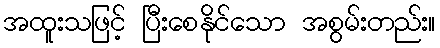
အထူးသဖြင့် ပြီးစေနိုင်သော အစွမ်းတည်း။